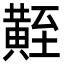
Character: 𪏀